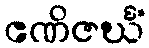
ဧဏိဇင်္ဃံ